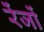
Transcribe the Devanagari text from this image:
रेंजों